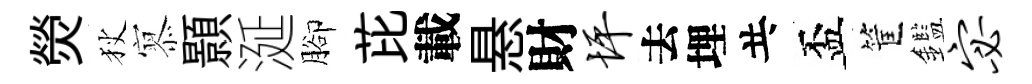
熒狄𡪹顥涎腳芘載悬財坪去埋共盃筐鑑宓